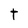
Character: t